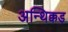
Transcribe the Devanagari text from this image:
अन्थिक्कड़